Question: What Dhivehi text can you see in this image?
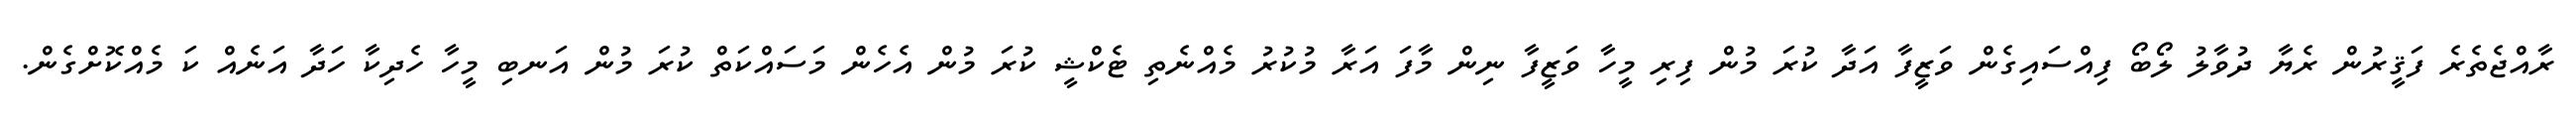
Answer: ރާއްޖެތެރެ ފަޤީރުން ރެޔާ ދުވާލު ލޯބޯ ފިއްސައިގެން ވަޒީފާ އަދާ ކުރަ މުން ފިރި މީހާ ވަޒީފާ ނިން މާފަ އަރާ މުކުރު މެއްނެތި ޓެކްޝީ ކުރަ މުން އެހެން މަސައްކަތް ކުރަ މުން އަނބި މީހާ ހެދިކާ ހަދާ އަނެއް ކަ މެއްކޮށްގެން.